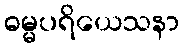
ဓမ္မပရိယေသနာ